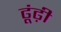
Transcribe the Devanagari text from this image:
ढूंढ़ी